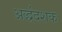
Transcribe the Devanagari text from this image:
अर्द्धदशक